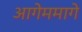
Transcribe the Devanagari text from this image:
आगेममागे